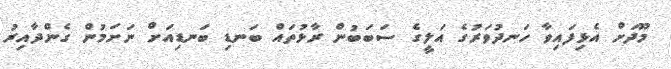
މޫދަށް އެޅިފައިވާ ހަނދުވަރުގެ އަލީގެ ސަބަބުން ރާޅުތައް ބަނޑި ބަނޑިއަށް ނަށަމުން ގެންދާއިރު